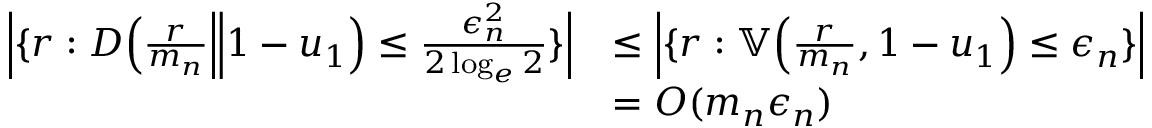
\begin{array} { r l } { \Big | \{ r : D \Big ( \frac { r } { { m _ { n } } } \Big \| 1 - u _ { 1 } \Big ) \le \frac { \epsilon _ { n } ^ { 2 } } { 2 \log _ { e } 2 } \} \Big | } & { \le \Big | \{ r : \mathbb { V } \Big ( \frac { r } { { m _ { n } } } , 1 - u _ { 1 } \Big ) \le \epsilon _ { n } \} \Big | } \\ & { = O ( { m _ { n } } \epsilon _ { n } ) } \end{array}